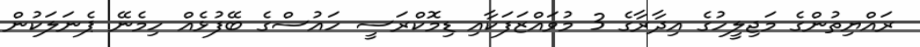
ރައްޔިތުންގެ މަޖިލީހުގެ އިދާރާގެ 3 މުވައްޒަފަކާއި ޑިމޮކްރަސީ ހައުސްގެ ބޭފުޅެއް ހިމެނޭ ޕެނަލަކުން